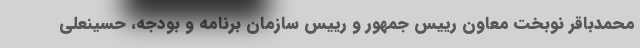
محمدباقر نوبخت معاون رییس جمهور و رییس سازمان برنامه و بودجه، حسینعلی